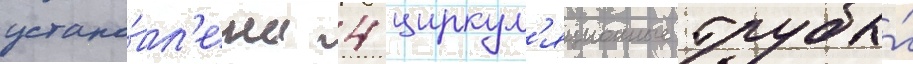
устано́вл'ены 4 циркул'яционные трубы́